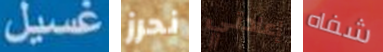
غسيل نحرز إعادتي شفاه